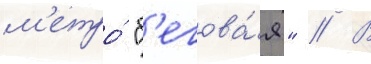
м'етро́ "б'егова́я" // В